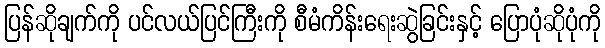
ပြန်ဆိုချက်ကို ပင်လယ်ပြင်ကြီးကို စီမံကိန်းရေးဆွဲခြင်းနှင့် ပြောပုံဆိုပုံကို